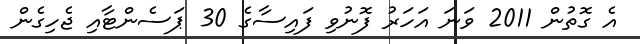
އެ ގޮތުން 2011 ވަނަ އަހަރު ފޮނުވި ފައިސާގެ 30 ޕަސެންޓާއި ޖެހިގެން